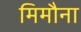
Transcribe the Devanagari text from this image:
मिमौना